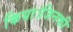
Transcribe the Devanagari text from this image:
किया।जिनकी